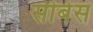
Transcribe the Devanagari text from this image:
सीबेस